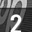
Digit: 2